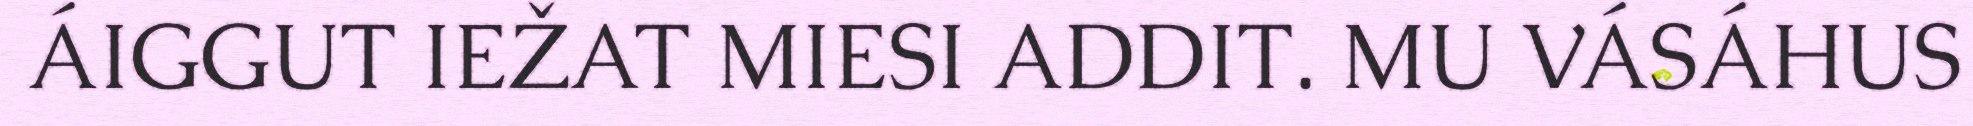
ÁIGGUT IEŽAT MIESI ADDIT. MU VÁSÁHUS